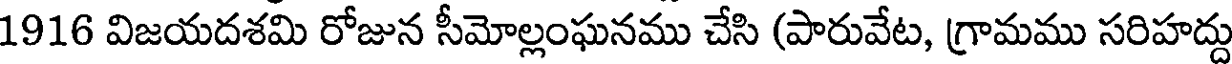
1916 విజయదశమి రోజున సీమోల్లంఘనము చేసి (పారువేట, గ్రామము సరిహద్దు